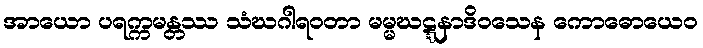
အာယော ပရက္ကမန္တဿ သံဃဂါရဝတာ မမ္မဃဋ္ဋနာဒိဝသေန ကောဓောယေဝ